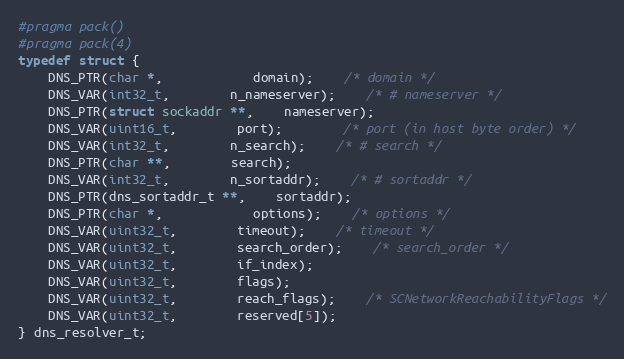
Language: C
#pragma pack()
#pragma pack(4)
typedef struct {
	DNS_PTR(char *,			domain);	/* domain */
	DNS_VAR(int32_t,		n_nameserver);	/* # nameserver */
	DNS_PTR(struct sockaddr **,	nameserver);
	DNS_VAR(uint16_t,		port);		/* port (in host byte order) */
	DNS_VAR(int32_t,		n_search);	/* # search */
	DNS_PTR(char **,		search);
	DNS_VAR(int32_t,		n_sortaddr);	/* # sortaddr */
	DNS_PTR(dns_sortaddr_t **,	sortaddr);
	DNS_PTR(char *,			options);	/* options */
	DNS_VAR(uint32_t,		timeout);	/* timeout */
	DNS_VAR(uint32_t,		search_order);	/* search_order */
	DNS_VAR(uint32_t,		if_index);
	DNS_VAR(uint32_t,		flags);
	DNS_VAR(uint32_t,		reach_flags);	/* SCNetworkReachabilityFlags */
	DNS_VAR(uint32_t,		reserved[5]);
} dns_resolver_t;